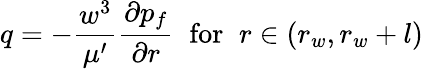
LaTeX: q=-\frac{w^{3}}{\mu^{\prime}}\frac{\partial p_{f}}{\partial r}\; \; \mathrm{for}\; \; r\in\left(r_{w},r_{w}+l\right)